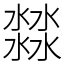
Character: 㵘